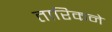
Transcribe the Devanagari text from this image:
तारिकने